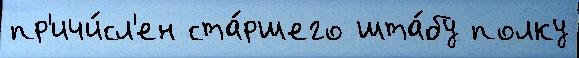
пр'ичи́сл'ен ста́ршего шта́бу полку